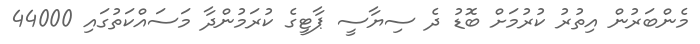
މެންބަރުން އިތުރު ކުރުމަށް ބޮޑު ދެ ސިޔާސީ ޕާޓީގެ ކުރަމުންދާ މަސައްކަތުގައި 44000